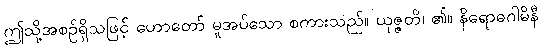
ဤသို့အစဉ်ရှိသဖြင့် ဟောတော် မူအပ်သော စကားသည်။ ယုဇ္ဇတိ၊ ၏။ နိရောဓဂါမိနီ